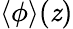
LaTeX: \langle\phi\rangle(\mathit{z})